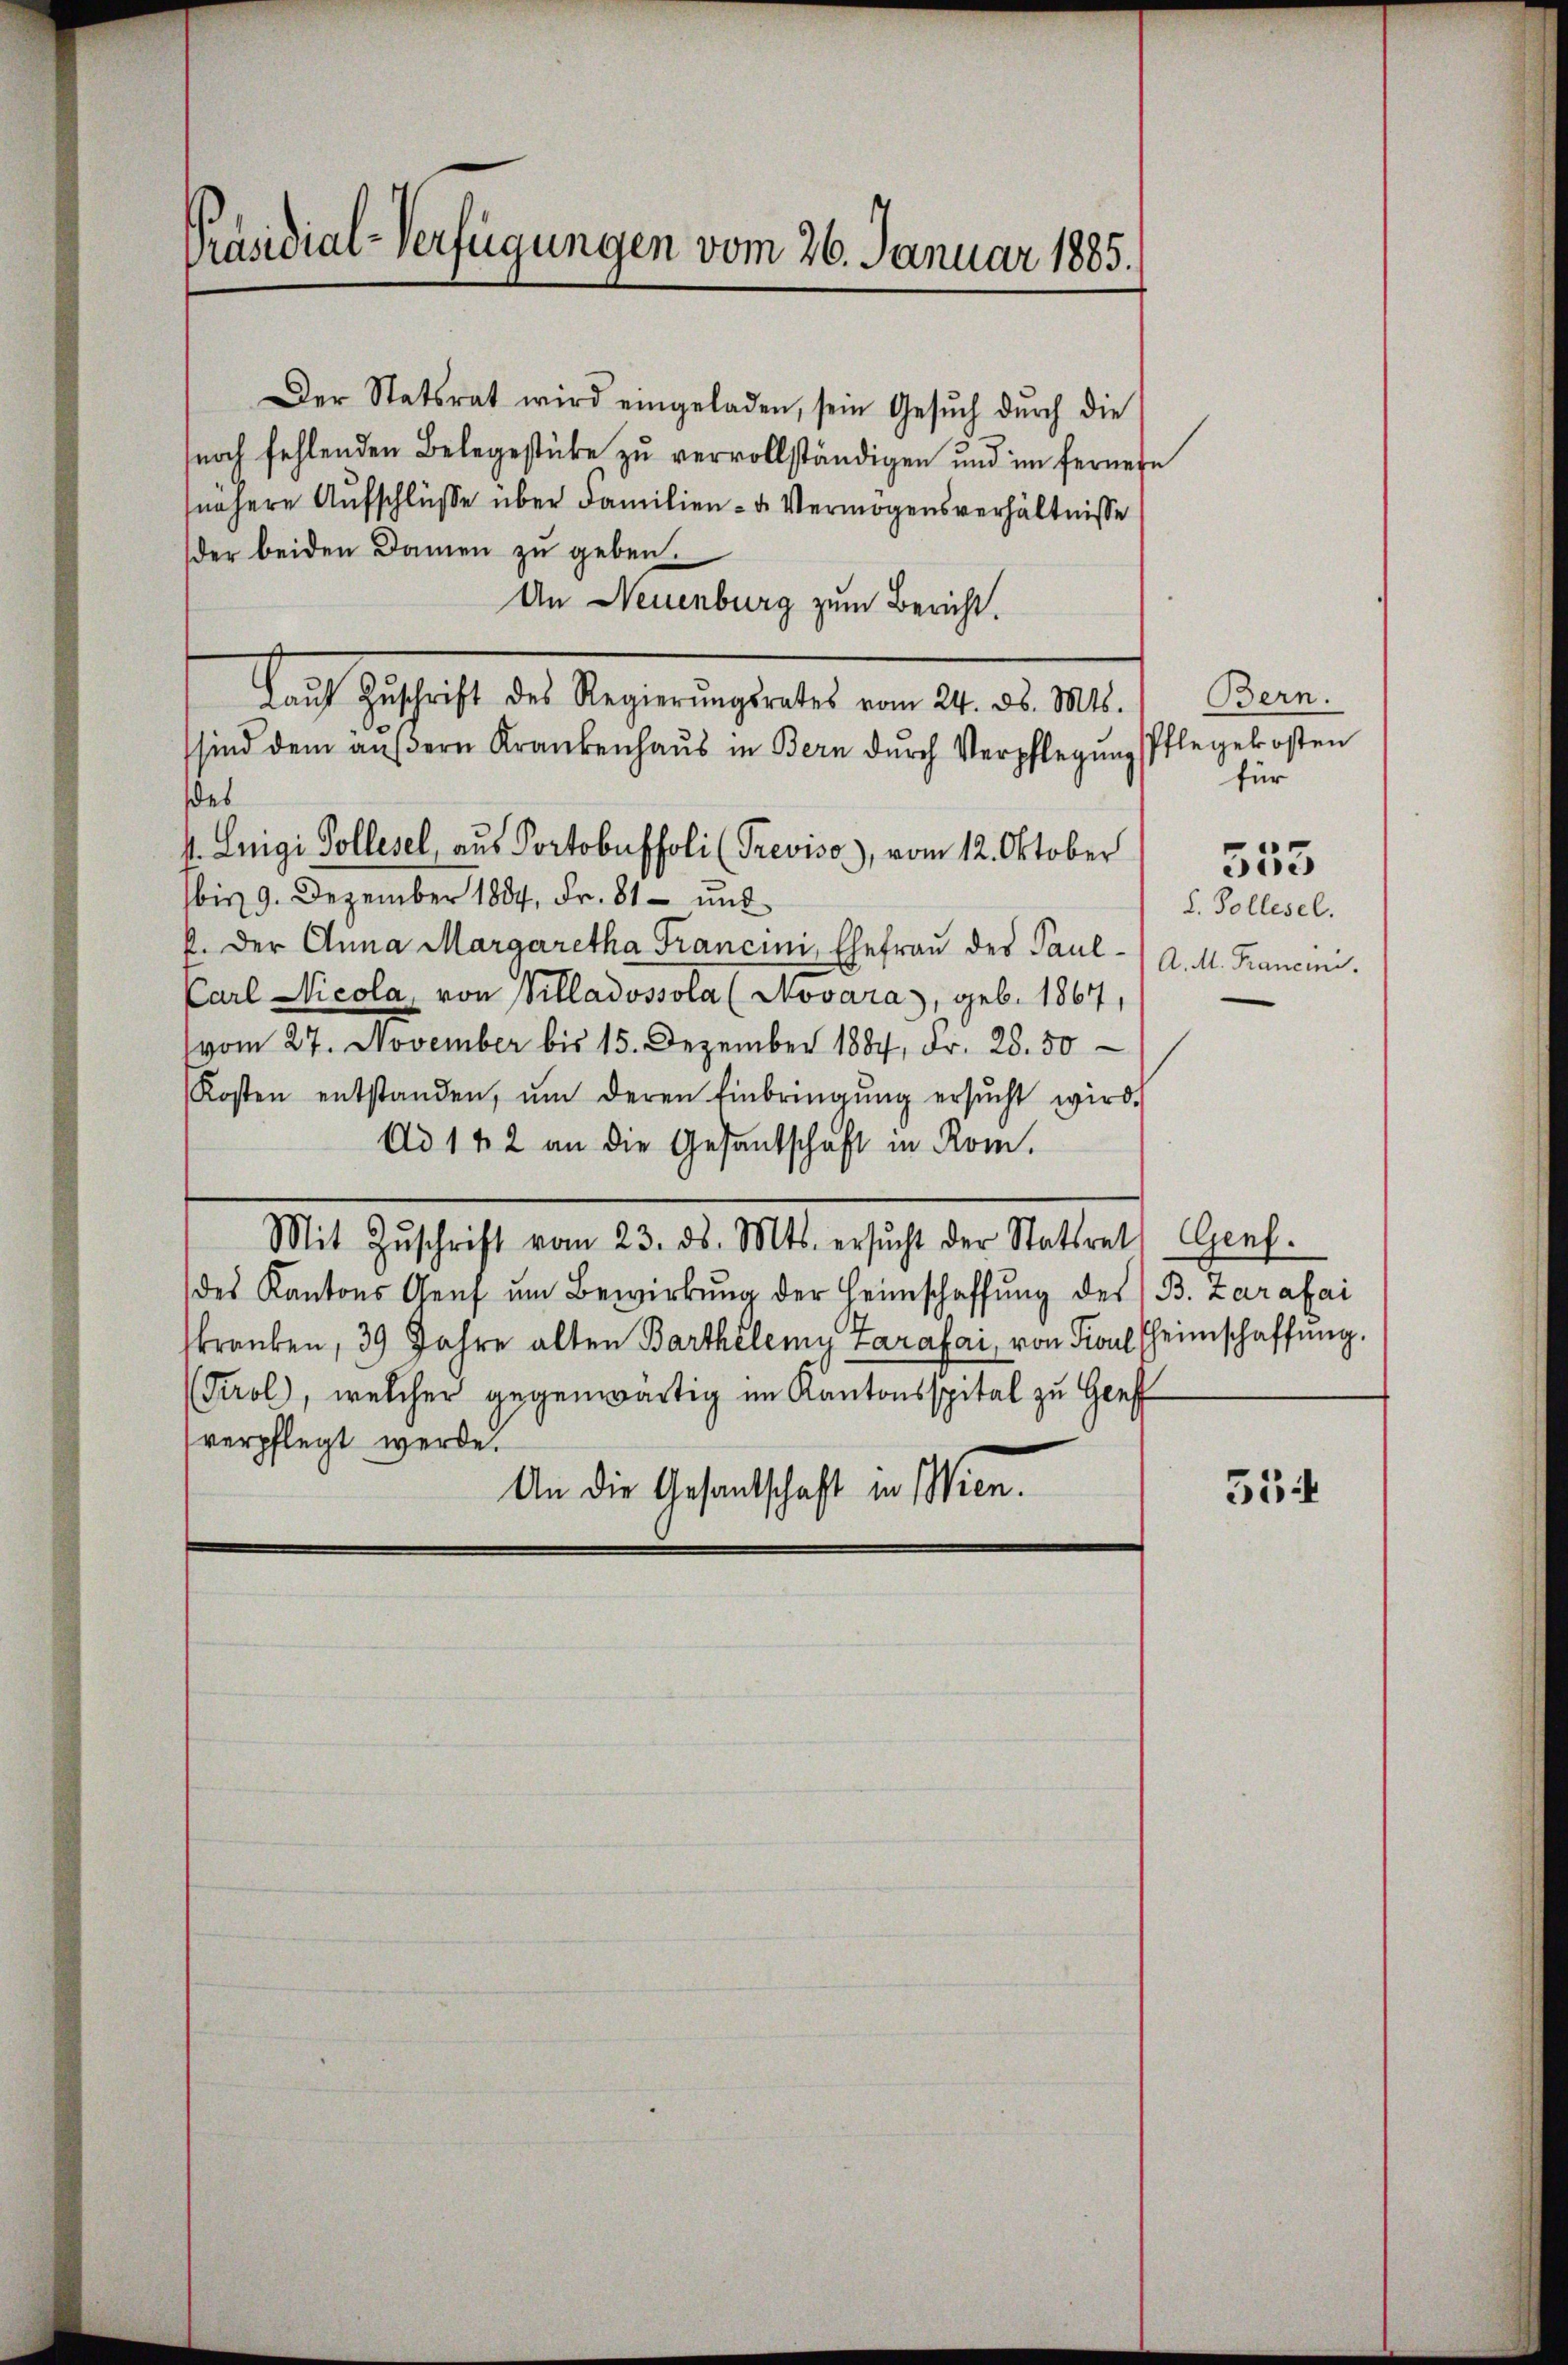
Präsidial-Verfügungen vom 26. Januar 1885.

Der Statsrat wird eingeladen, sein Gesŭch dŭrch die
noch fehlenden Belegestüke zu vervollständigen und im fernere
nähere Aufschlüsse über Familien- u. Vermögensverhältnisse
der beiden Damen zu geben.
An Neuenburg zum Bericht.
Nach schrift des Regierungsrate am 24. d. 141.
sind dem aŭβern Krankenhaŭs in Bern dŭrch Verpflegŭng Pflegekosten
V. Luigi Pollisel, aus Portobusfoli (Treviso), vom 12. Oktober
bis 9. Dezember 1884, Fr. 81 - und
k. der Anna Margaretha Francini, Ehefrau des Paul¬
Carl Nicola, von Villadossola (Novara, geb. 1864
vom 27. November bis 15. Dezember 1884, Fr. 28. 50
Kosten entstanden, ŭm deren Einbringŭng ersŭcht wird.
Ad 142 an die Gesandtschaft in Rom.
Mit Zŭschrift vom 23. ds. Mts. ersŭcht der Statsrath Genf.
des Kantons Genf ŭm Bewirkŭng der Heimschaffŭng des B. Zarafai
kranken, 39 Jahre alten Barthelemy Larafai, von Paul Heimschaffung.
(Tirol, welcher gegenwärtig im Kantonsspital zu Genf
verpflegt werde.
An die Gesandschaft in Wien.

des

Bern.
für
553
L. Pollisel.
A. M. Francin.

35f